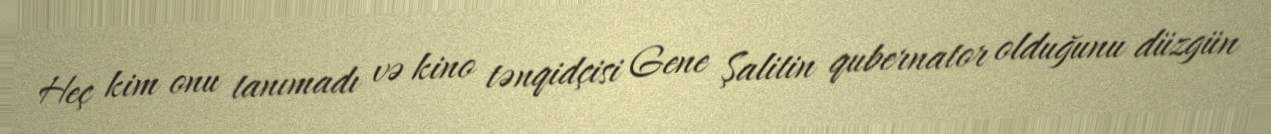
Heç kim onu tanımadı və kino tənqidçisi Gene Şalitin qubernator olduğunu düzgün